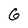
Character: 6